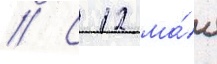
// С 12 ма́я